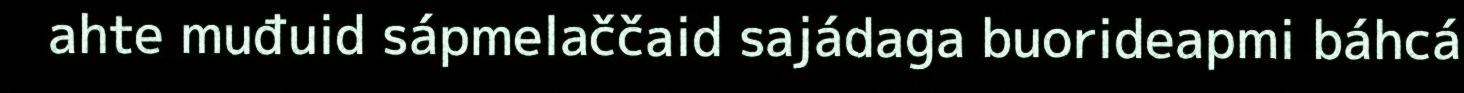
ahte muđuid sápmelaččaid sajádaga buorideapmi báhcá